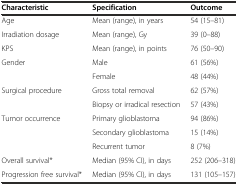
<table><thead><tr><td><b>Characteristic</b></td><td><b>Specification</b></td><td><b>Outcome</b></td></tr></thead><tbody><tr><td>Age</td><td>Mean (range), in years</td><td>54 (15–81)</td></tr><tr><td>Irradiation dosage</td><td>Mean (range), Gy</td><td>39 (0–88)</td></tr><tr><td>KPS</td><td>Mean (range), in points</td><td>76 (50–90)</td></tr><tr><td>Gender</td><td>Male</td><td>61 (56%)</td></tr><tr><td></td><td>Female</td><td>48 (44%)</td></tr><tr><td>Surgical procedure</td><td>Gross total removal</td><td>62 (57%)</td></tr><tr><td></td><td>Biopsy or irradical resection</td><td>57 (43%)</td></tr><tr><td>Tumor occurrence</td><td>Primary glioblastoma</td><td>94 (86%)</td></tr><tr><td></td><td>Secondary glioblastoma</td><td>15 (14%)</td></tr><tr><td></td><td>Recurrent tumor</td><td>8 (7%)</td></tr><tr><td>Overall survival*</td><td>Median (95% CI), in days</td><td>252 (206–318)</td></tr><tr><td>Progression free survival*</td><td>Median (95% CI), in days</td><td>131 (105–157)</td></tr></tbody></table>